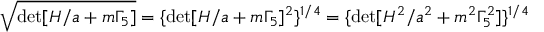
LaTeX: \sqrt { \operatorname * { d e t } [ H / a + m \Gamma _ { 5 } ] } = \{ \operatorname * { d e t } [ H / a + m \Gamma _ { 5 } ] ^ { 2 } \} ^ { 1 / 4 } = \{ \operatorname * { d e t } [ H ^ { 2 } / a ^ { 2 } + m ^ { 2 } \Gamma _ { 5 } ^ { 2 } ] \} ^ { 1 / 4 }